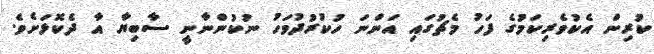
ކުރިން އެކުވެރިކަމުގެ ފަހު މެޗުގައި އަންނަ ހުކުރުދުވަހު ނުކުންނާނީ ސާބިޔާ އާ ދެކޮޅަށެވެ.